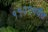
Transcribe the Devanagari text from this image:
११२९पर्यंत